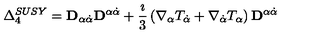
\Delta _ { 4 } ^ { S U S Y } = { \bf D } _ { \alpha \dot { \alpha } } { \bf D } ^ { \alpha \dot { \alpha } } + \frac { \imath } { 3 } \left( \nabla _ { \alpha } T _ { \dot { \alpha } } + \nabla _ { \dot { \alpha } } T _ { \alpha } \right) { \bf D } ^ { \alpha \dot { \alpha } }